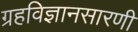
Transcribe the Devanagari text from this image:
ग्रहविज्ञानसारणी